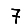
Digit: 7